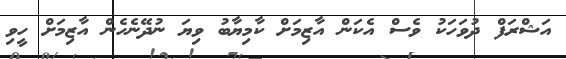
އަޝްރަފް ދުވަހަކު ވެސް އެކަން އާޒިމަށް ކާމިޔާބު ވިޔަ ނުދޭނެހެން އާޒިމަށް ހީވި